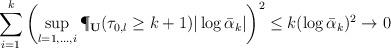
LaTeX: \begin{align*}\sum_{i=1}^k\left(\sup_{l=1,\ldots,i}\P_{\bf U}(\tau_{0,l}\ge k+1)|\log\bar\alpha_{k}|\right)^2\le k(\log\bar\alpha_{k})^2\rightarrow0\end{align*}